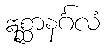
ဣစ္ဆာနင်္ဂလံ